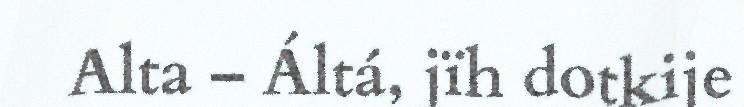
Alta – Áltá, jïh dotkije